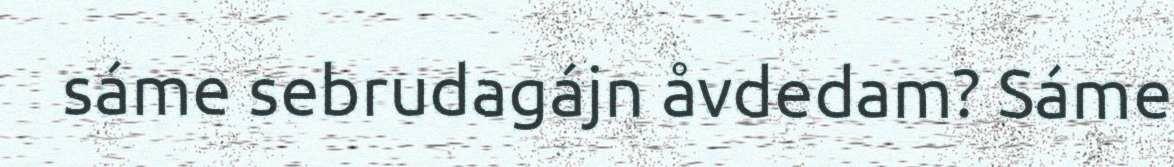
sáme sebrudagájn åvdedam? Sáme